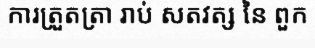
ការត្រួតត្រា រាប់ សតវត្ស នៃ ពួក